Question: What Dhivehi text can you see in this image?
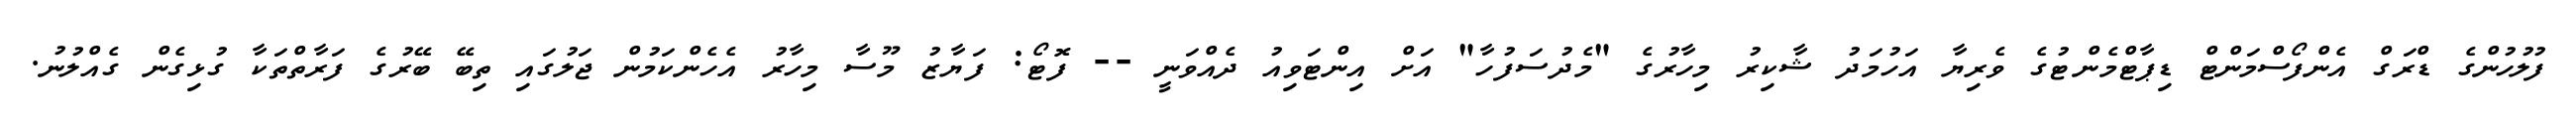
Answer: ފުލުހުންގެ ޑްރަގް އެންފޯސްމަންޓް ޑިޕާޓްމެންޓުގެ ވެރިޔާ އަހުމަދު ޝާކިރު މިހާރުގެ "މެދުސަފުހާ" އަށް އިންޓަވިއު ދެއްވަނީ -- ފޮޓޯ: ފަޔާޒު މޫސާ މިހާރު އެހެންކަމުން ޖަލުގައި ތިބޭ ބޭރުގެ ފަރާތްތަކާ ގުޅިގެން ގެއްލުނު.